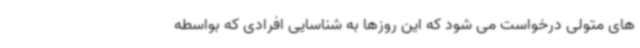
های متولی درخواست می شود که این روزها به شناسایی افرادی که بواسطه